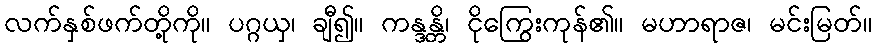
လက်နှစ်ဖက်တို့ကို။ ပဂ္ဂယှ၊ ချီ၍။ ကန္ဒန္တိ၊ ငိုကြွေးကုန်၏။ မဟာရာဇ၊ မင်းမြတ်။